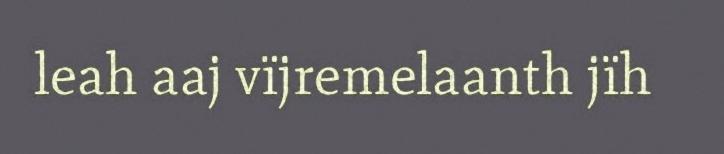
leah aaj vïjremelaanth jïh